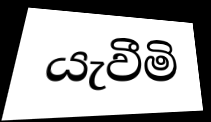
යැවීමි